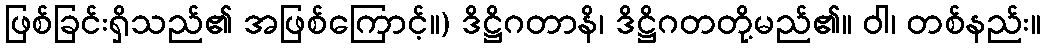
ဖြစ်ခြင်းရှိသည်၏ အဖြစ်ကြောင့်။) ဒိဋ္ဌိဂတာနိ၊ ဒိဋ္ဌိဂတတို့မည်၏။ ဝါ၊ တစ်နည်း။